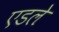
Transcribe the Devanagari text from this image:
एडले